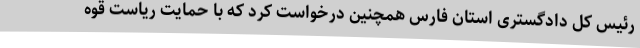
رئیس کل دادگستری استان فارس همچنین درخواست کرد که با حمایت ریاست قوه